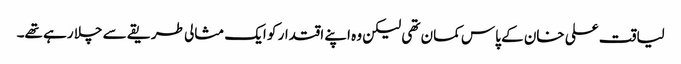
لیاقت علی خان کے پاس کمان تھی لیکن وہ اپنے اقتدار کو ایک مثالی طریقے سے چلا رہے تھے۔